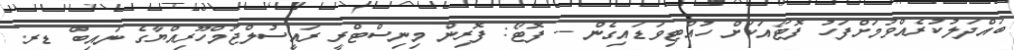
ބައްދަލުކުރެއްވުމަށްފަހު ފޮޓޯއަކަށް ހުއްޓިވަޑައިގެން -- ފޮޓޯ: ފޮރިން މިނިސްޓްރީ ރައީސުލްޖުމްހޫރިއްޔާގެ ނައިބް ޑރ.